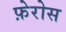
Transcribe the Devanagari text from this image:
फ़ेरोस